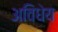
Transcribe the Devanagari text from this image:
अविधेय